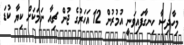
މިހާދިސާ ހިނގާފައިވަނީ އުމުރުން 12 އަހަރުގެ ޖުން ޗިއާ ނަމަކަށް ކިޔާ ކުޑަ